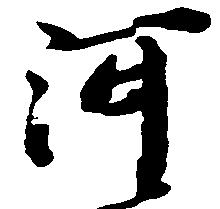
河